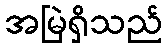
အမြဲရှိသည်